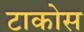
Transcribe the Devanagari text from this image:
टाकोस